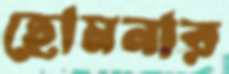
হোমনার